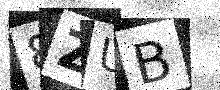
Text: 8ZUB